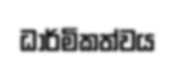
ධාර්මිකත්වය